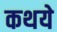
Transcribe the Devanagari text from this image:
कथये